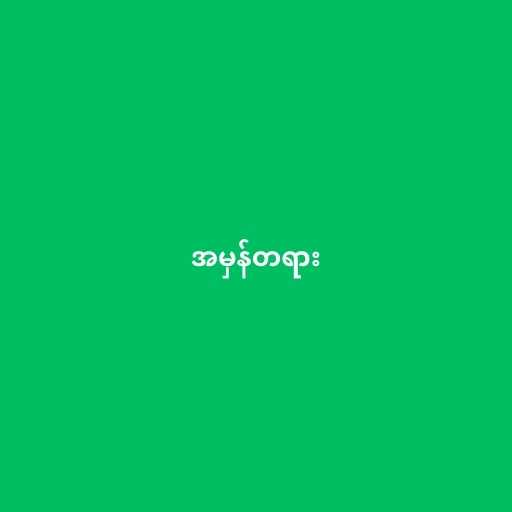
အမှန်တရား